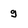
Character: g